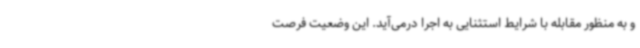
و به منظور مقابله با شرایط استثنایی به اجرا درمی‌آید. این وضعیت فرصت